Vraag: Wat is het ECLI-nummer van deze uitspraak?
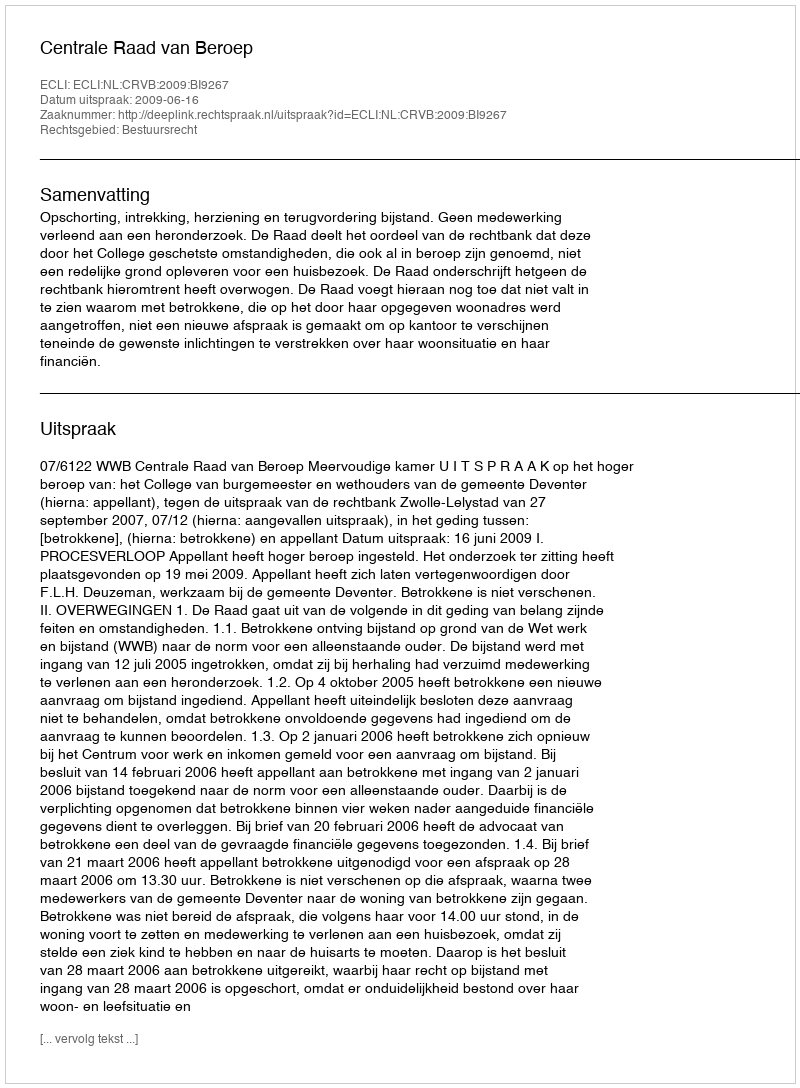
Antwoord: ECLI:NL:CRVB:2009:BI9267